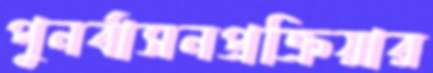
পুনর্বাসনপ্রক্রিয়ার